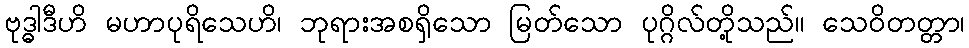
ဗုဒ္ဓါဒီဟိ မဟာပုရိသေဟိ၊ ဘုရားအစရှိသော မြတ်သော ပုဂ္ဂိလ်တို့သည်။ သေဝိတတ္တာ၊